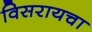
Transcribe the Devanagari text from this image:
विसरायचा